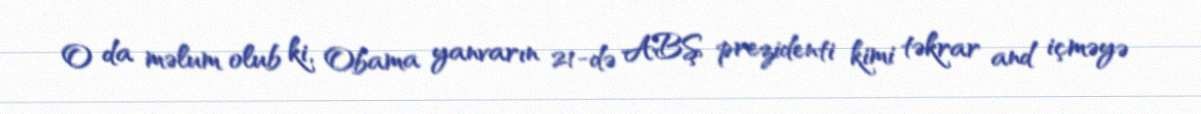
O da məlum olub ki, Obama yanvarın 21-də ABŞ prezidenti kimi təkrar and içməyə